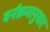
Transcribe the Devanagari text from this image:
वर्नक्रमानुसार